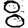
Digit: 8